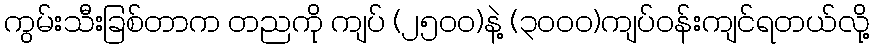
ကွမ်းသီးခြစ်တာက တညကို ကျပ် (၂၅၀၀)နဲ့ (၃၀၀၀)ကျပ်ဝန်းကျင်ရတယ်လို့